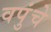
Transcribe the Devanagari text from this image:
वपुंचे